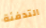
التدفئة